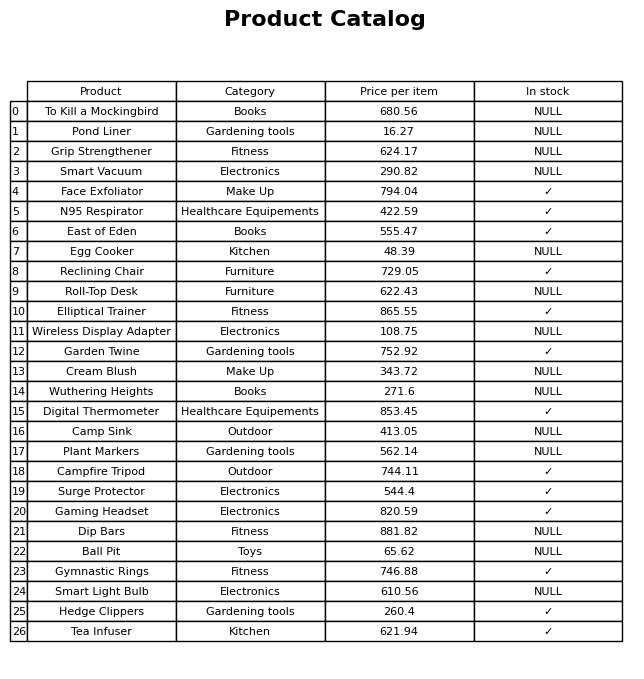
question: Is the Gaming Headset in stock?
answer: ✓